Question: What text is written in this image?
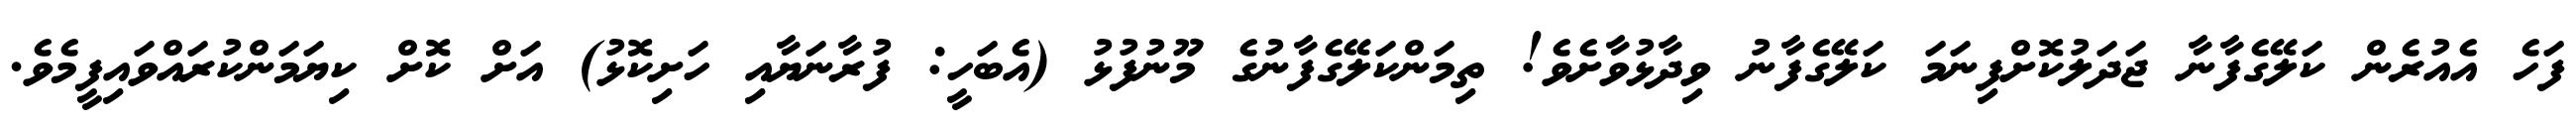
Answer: ފަހެ އެއުރެން ކަލޭގެފާނާ ޖަދަލުކޮށްފިނަމަ ކަލޭގެފާނު ވިދާޅުވާށެވެ! ތިމަންކަލޭގެފާނުގެ މޫނުފުޅު (އެބަހީ: ފުރާނަޔާއި ހަށިކޮޅު) އަށް ކޮށް ކިޔަމަންކުރައްވައިފީމެވެ.